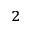
^ 2